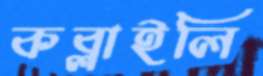
কব্‌লাইলি